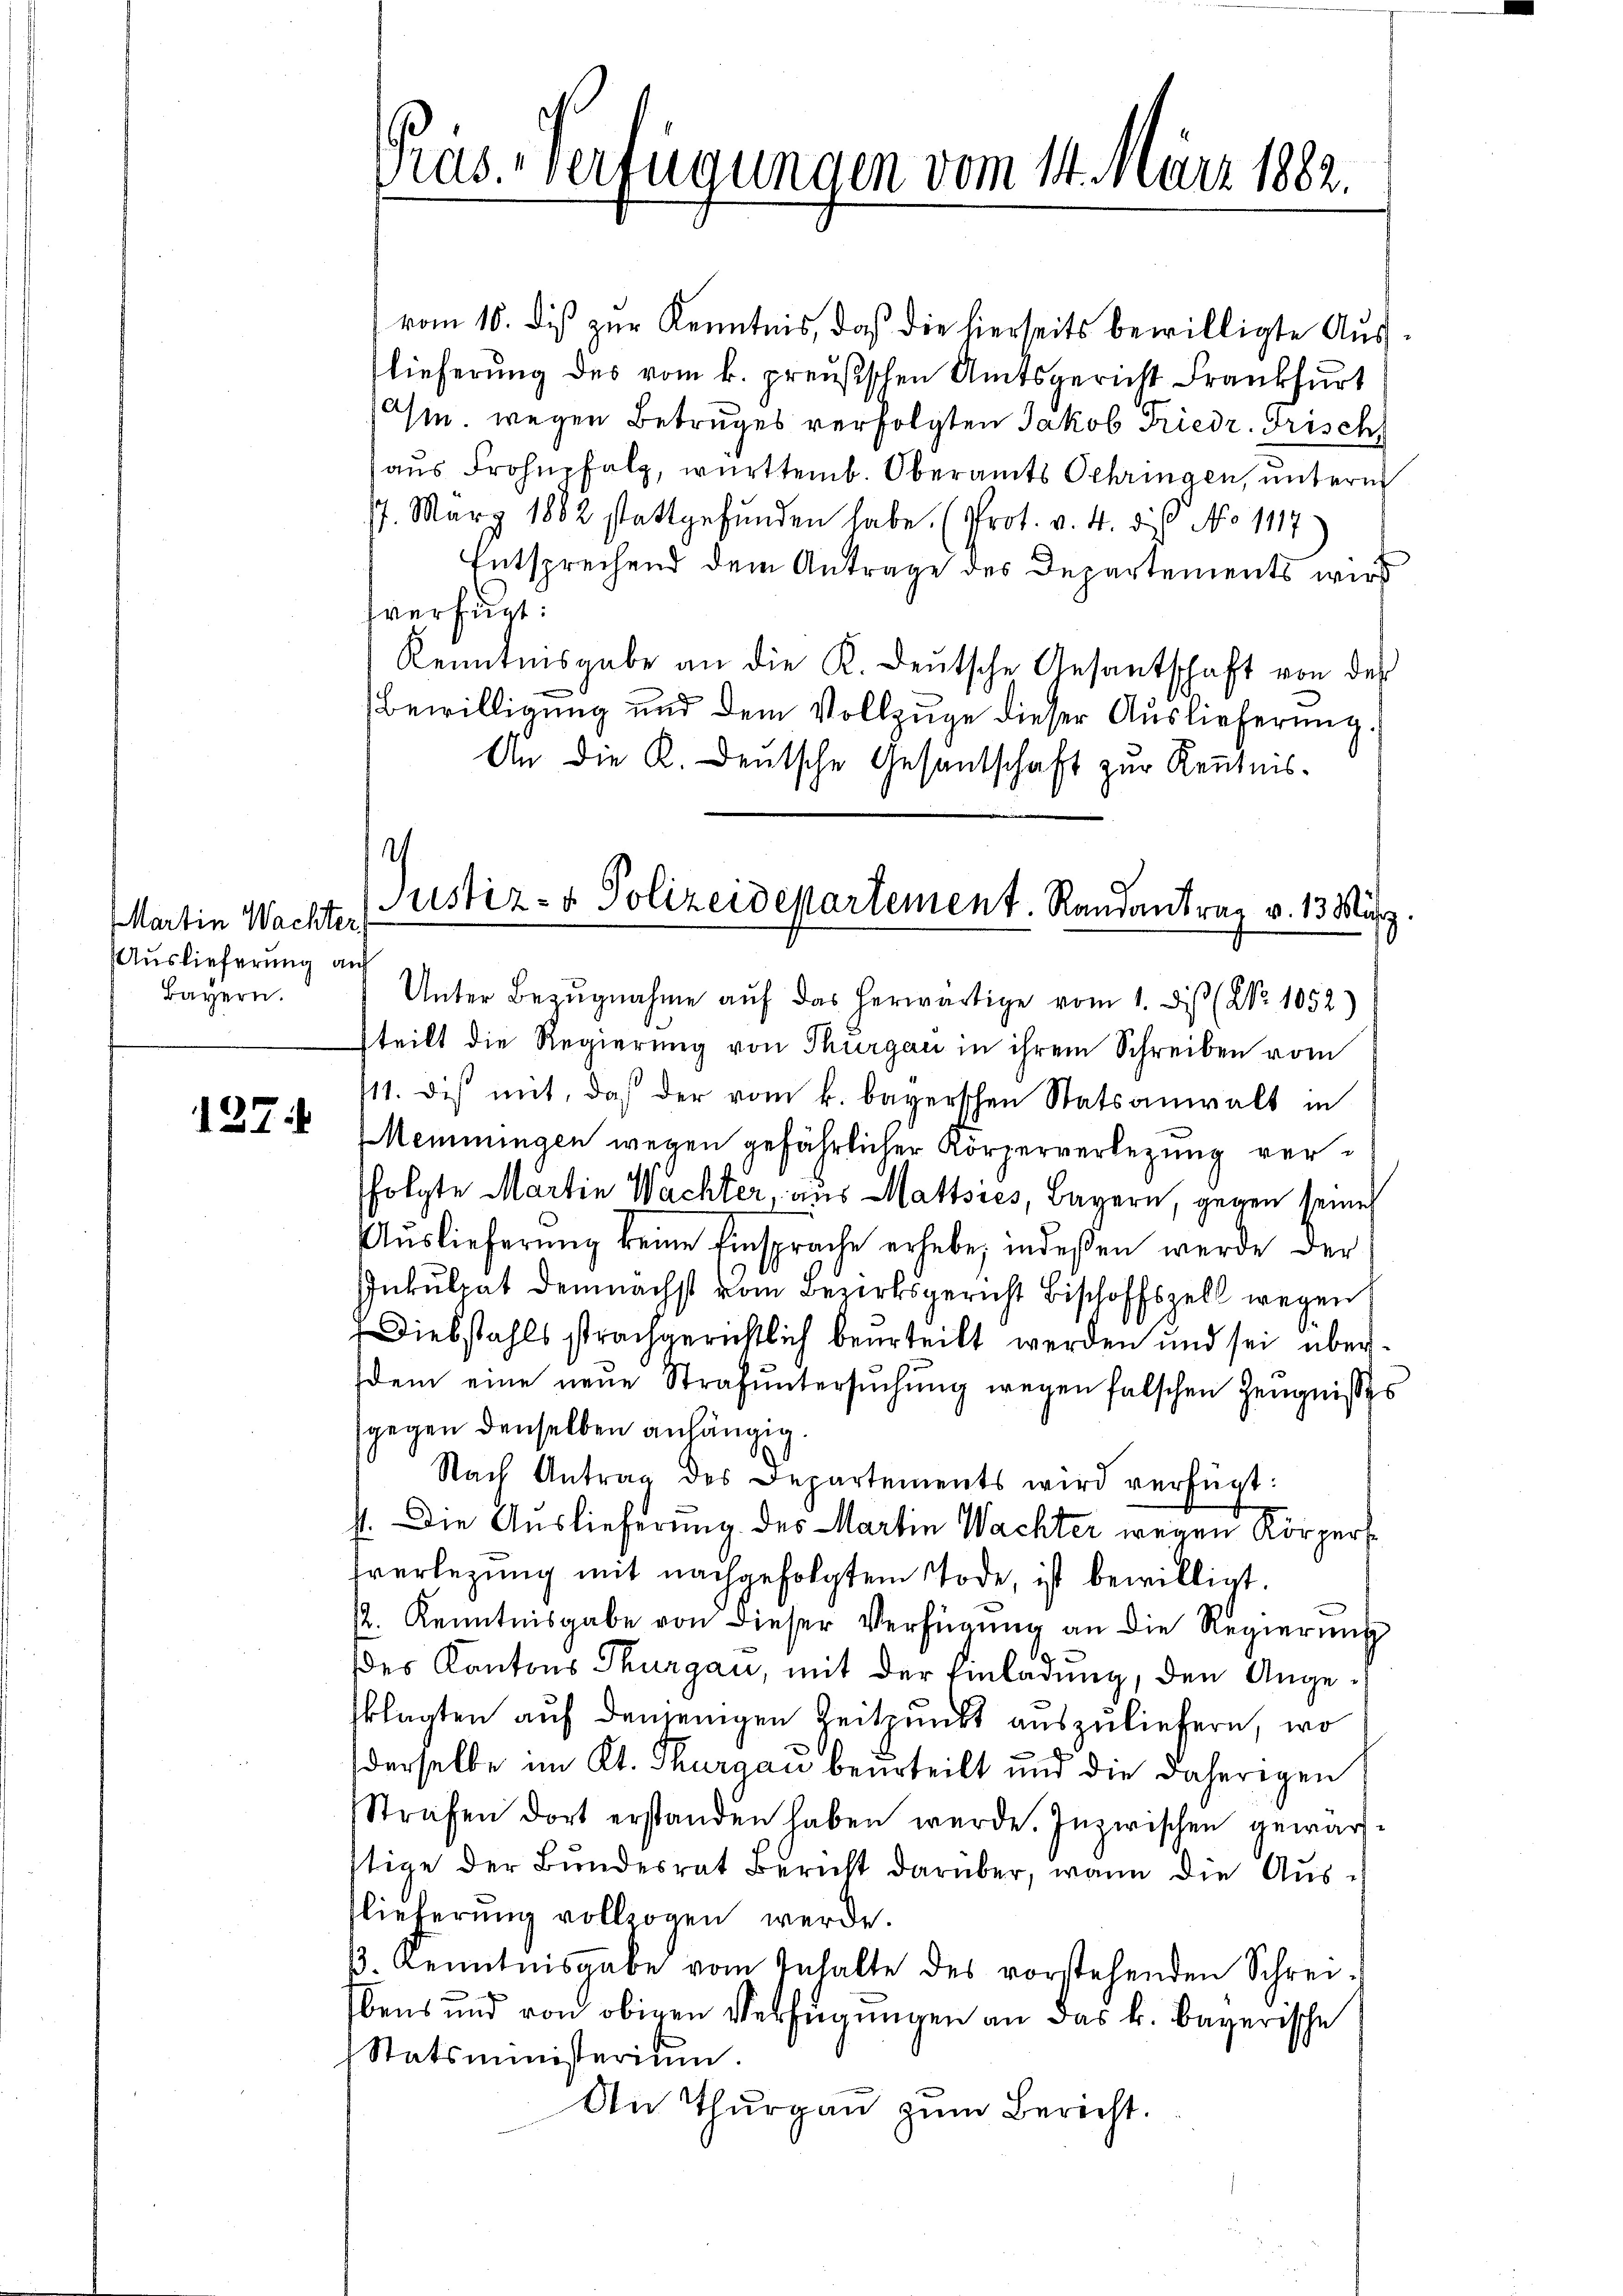
Martin Wachter.
Auslieferung auf
Bayern.

127.

vom 10. dis zur Kenntnis, daß die hierseits bewilligte Aŭs-
lieferung des vom k. preußischen Amtsgericht Frankfurt
Am. wegen Betruges verfolgten Jakob Friedr. Grisch
aus Frohnpfalz, württemb. Oberamts Schringen, unterm
77. März 1882 stattgefunden habe. (Prot. v. 4. die No 1117
Entsprechend dem Antrage des Departements wird
fverfügt:
Kenntnisgabe an die K. Deutsche Gesantschaft von der
Bewilligung und dem Vollzüge dieser Auslieferung.
An die K. Deutsche Gesandschaft zur Kenntnis¬

ras. Verfügungen vom 14. März 1882.

c
Justiz- & Polizeidepartement. Randantrag v. 13. März
Unter Bezŭgnahme aŭf das herwärtige vom 1. Dis (Nr. 1052)

sfolgte Martin Wachter, aus Mattsies, Bayern, gegen seines
Auslieferung keine Einsprache erhebe, indeßen werde der
Inkulpat demnächst vom Bezirksgericht Bischoffszell wegen
Diebstahls sprachgerichtlich beurteilt werden und sei überdem eine neŭe Strafuntersŭchŭng wegen falschen Zeugnisses
gegen denselben anhängig.
¬
Nach Antrag des Departements wird verfügt:
st. Die Auslieferung des Martin Wachter wegen Körperstverlegung mit nachgefolgtem Tode, ist bewilligt.
2. Kenntnisgabe von dieser Verfügŭng an die Regierŭng
des Kantons Thurgau, mit der Einladung, den Angesklagten auf denjenigen Zeitpunkt auszuliefern, wo
derselbe im Kt. Thurgau beurteilt und die daherigen
Strafen dort erstanden haben werde. Inzwischen gewärstige der Bundesrat Bericht darüber, wenn die Auslieferung vollzogen werde.
13. Kenntnisgabe vom Inhalte des vorstehenden Schreibens und von obigen Verfügungen an das k. bayerische
Statsministerium.
An Thurgau zum Bericht.

steilt die Regierung von Thurgau in ihrem Schreiben vom
111. Dich mit, daß der vom k. bayerschen Statsanwalt in
Memmingen wegen gefährlicher Körperverlegung ver¬